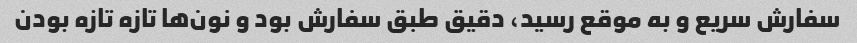
سفارش سریع و به موقع رسید، دقیق طبق سفارش بود و نون‌ها تازه تازه بودن